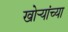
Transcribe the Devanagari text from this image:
खोर्‍यांच्या